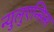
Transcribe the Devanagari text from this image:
न्युलुएन्सिस